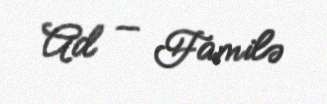
Ad — Familə